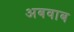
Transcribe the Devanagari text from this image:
अबवाब